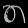
Digit: ၈